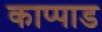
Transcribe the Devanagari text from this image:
काप्पाड